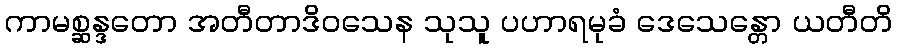
ကာမစ္ဆန္ဒတော အတီတာဒိဝသေန သုသူ ပဟာရမုခံ ဒေသေန္တော ယတီတိ